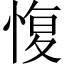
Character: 愎